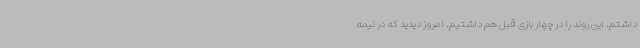
داشتم. این روند را در چهار بازی قبل هم داشتیم. امروز دیدید که در نیمه